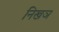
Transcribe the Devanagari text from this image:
निखञ